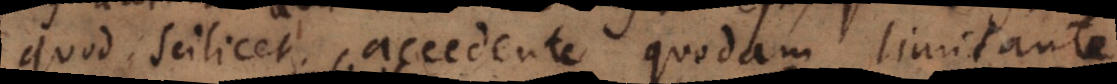
quod scilicet accedente quodam limitante